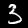
Digit: 3